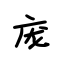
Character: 庞